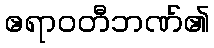
ဧရာဝတီဘဏ်၏